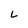
Character: L